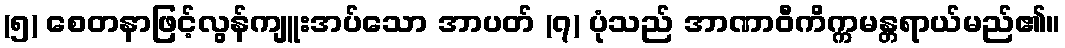
(၅) စေတနာဖြင့်လွန်ကျူးအပ်သော အာပတ် (၇) ပုံသည် အာဏာဝီကိက္ကမန္တရာယ်မည်၏။